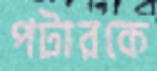
পটারকে